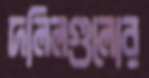
দলিলগুলোর